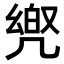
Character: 𠙡